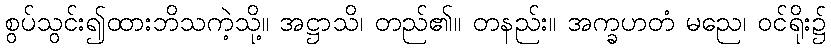
စွပ်သွင်း၍ထားဘိသကဲ့သို့။ အဋ္ဌာသိ၊ တည်၏။ တနည်း။ အက္ခဟတံ မညေ၊ ဝင်ရိုး၌